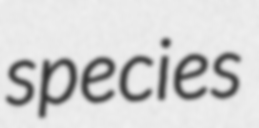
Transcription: species